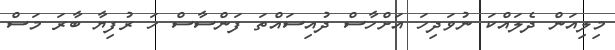
މިލިއަން ދެލައްކަ ނުވަދިހަ އަށްހާސް ދުއިސައްތަ ފަންސާސް ހަ ރުފިޔާ ބާރަ މަސް